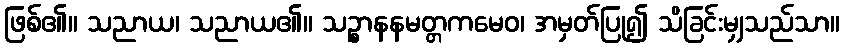
ဖြစ်၏။ သညာယ၊ သညာယ၏။ သဉ္စာနနမတ္တကမေဝ၊ အမှတ်ပြု၍ သိခြင်းမျှသည်သာ။